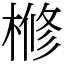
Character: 𣘀